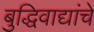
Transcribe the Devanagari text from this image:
बुद्धिवाद्यांचे